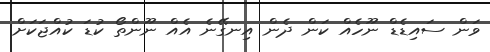
ވަން ސައިޑެޑް ނޫހެއް ކަން ދެން އިނގޭނެ އެއް ނޫންތޯ ކުޑަ ކުއްޖަކަށް